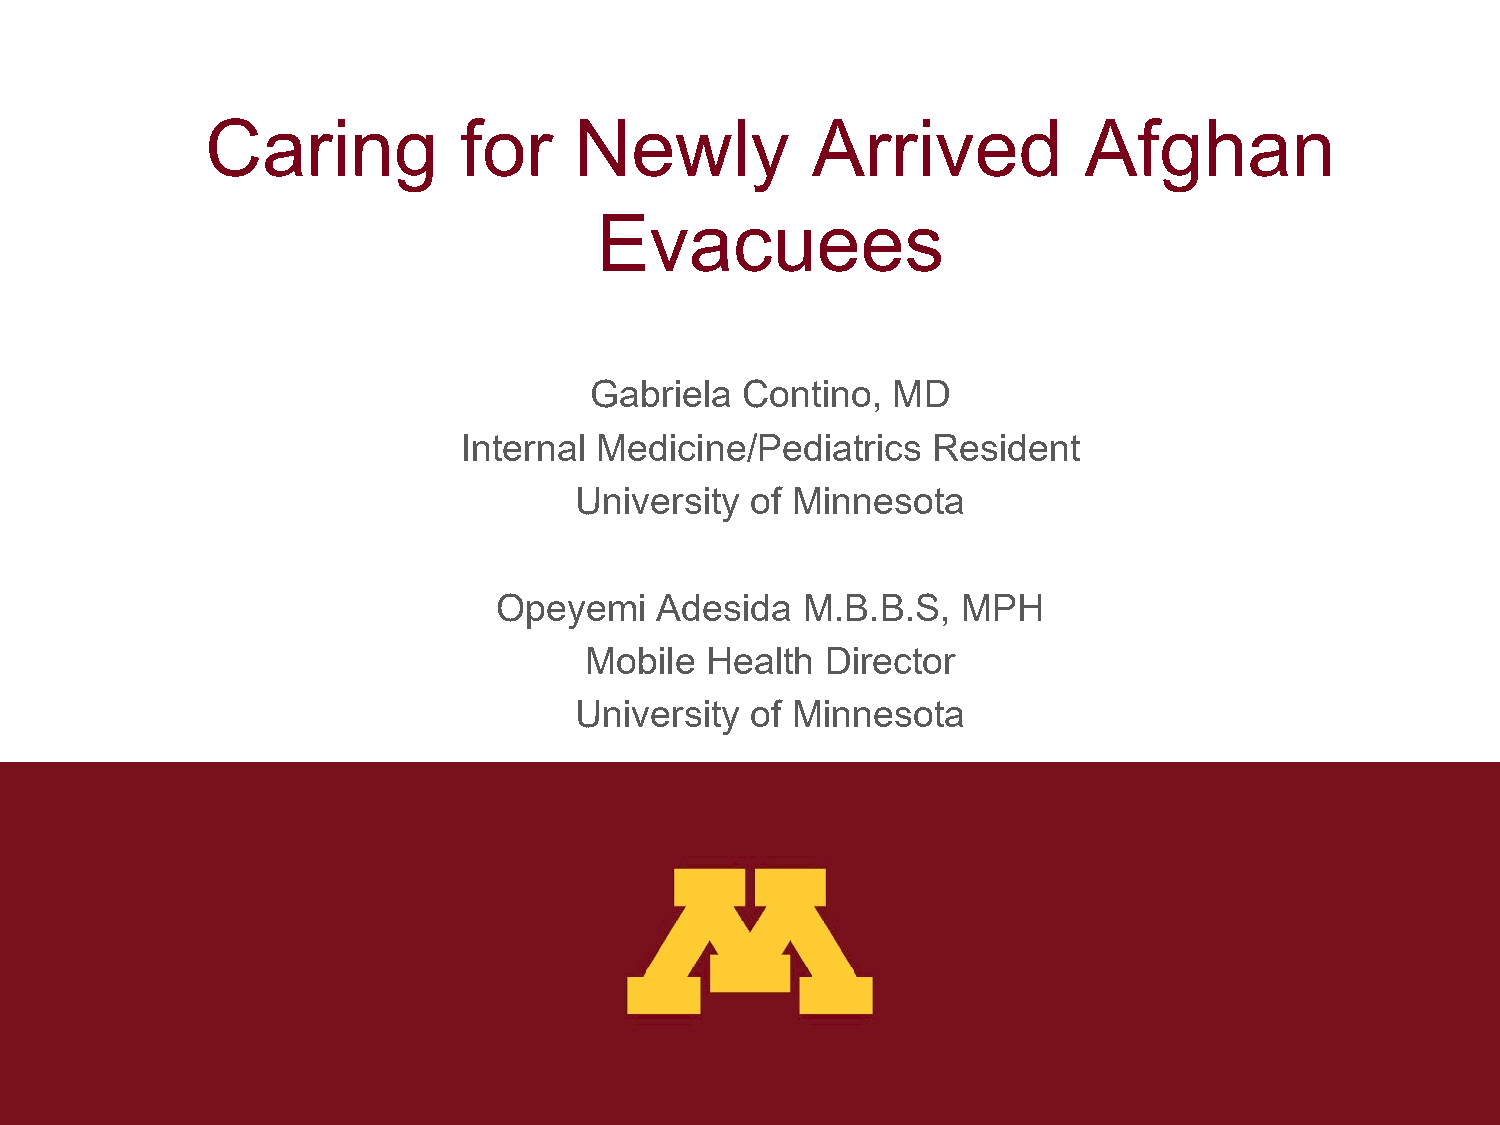
Caring          for     Newly           Arrived           Afghan
 Evacuees
 Gabriela  Contino,  MD
 Internal Medicine/Pediatrics   Resident
 University  of Minnesota
 Opeyemi   Adesida   M.B.B.S,   MPH
 Mobile  Health  Director
 University  of Minnesota